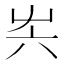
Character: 𡴆